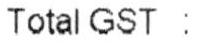
TOTAL GST :